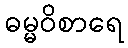
ဓမ္မဝိစာရေ